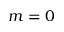
m = 0